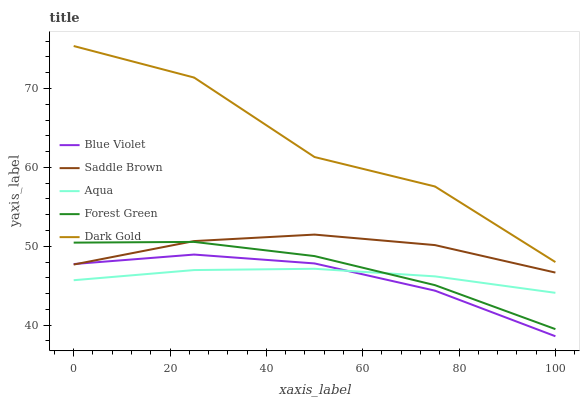
| xaxis_label | Blue Violet | Saddle Brown | Aqua | Forest Green | Dark Gold |
 | --- | --- | --- | --- | --- | --- |
 | 0 | 47.8 | 47.7 | 45.7 | 50.5 | 75.4 |
 | 25 | 49 | 50.7 | 47 | 50.6 | 71.4 |
 | 50 | 47.8 | 51.5 | 47.2 | 48.8 | 61.3 |
 | 75 | 44.4 | 50.2 | 46.2 | 45.1 | 57.6 |
 | 100 | 38.6 | 46.7 | 44.1 | 39.5 | 48 |